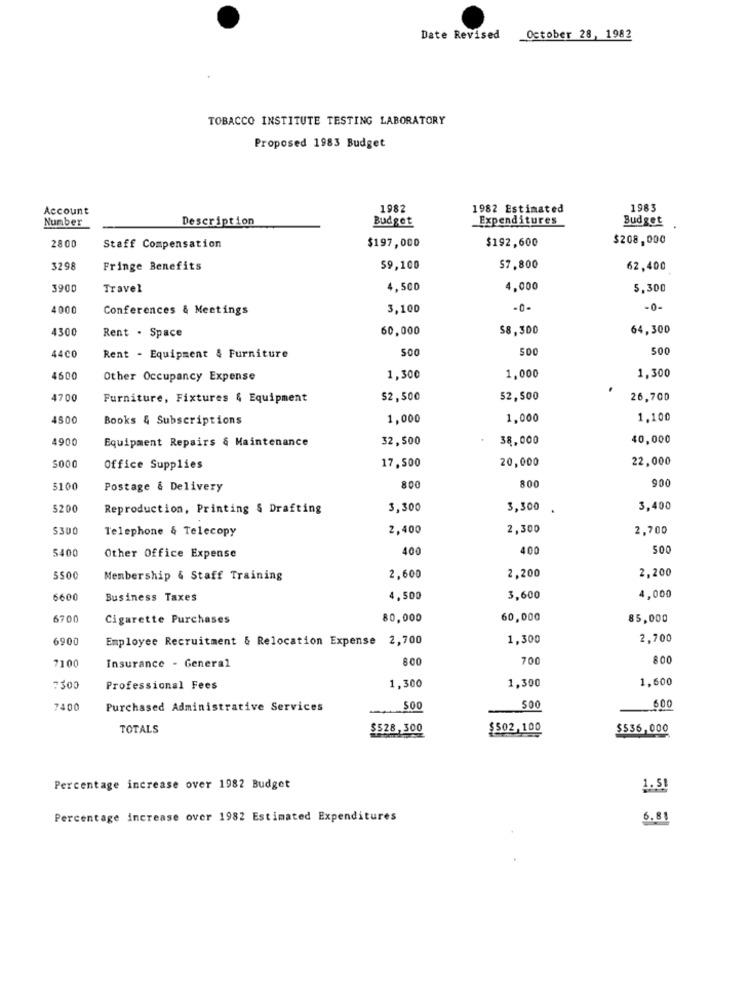
Date Revised
October 28, 1982
TOBACCO INSTITUTE TESTING LABORATORY
Proposed 1983 Budget
Account
1982
1982 Estimated
1983
Description
Budget
Expenditures
Budget
Number
2800
$197,000
$192,600
$208,000
Staff Compensation
3298
Fringe Benefits
59,100
$7,800
62,400
3900
Travel
4,500
4,000
5,300
4000
Conferences & Meetings
3.100
-0-
-0-
4300
60,000
$8,300
64,300
Rent . Space
44CO
500
500
500
Rent - Equipment & Furniture
1.300
4600
Other Occupancy Expense
1,300
1,000
4700
Furniture, Fixtures & Equipment
$2,500
52,500
26,700
4500
Books & Subscriptions
1.000
1,000
1.100
4900
Equipment Repairs & Maintenance
32,500
38,000
40,000
5000
17,500
20,000
22,000
Office Supplies
900
5100
Postage & Delivery
800
800
5200
Reproduction, Printing & Drafting
3,300
3,300
3,400
S300
Telephone & Telecopy
2,400
2,300
2,700
5400
400
400
500
Other Office Expense
2,200
5500
Membership & Staff Training
2,600
2,200
6600
Business Taxes
4,500
3,600
4,000
6700
Cigarette Purchases
80,000
60,000
85,000
6900
Employee Recruitment & Relocation Expense 2,700
1,300
2,700
7100
600
700
800
Insurance - General
1,600
7500
Professional Fees
1,300
1,300
7400
Purchased Administrative Services
500
600
TOTALS
$528,300
$502,100
$536,000
Percentage increase over 1982 Budget
1.51
Percentage increase over 1982 Estimated Expenditures
6.81